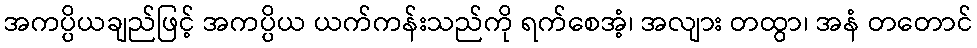
အကပ္ပိယချည်ဖြင့် အကပ္ပိယ ယက်ကန်းသည်ကို ရက်စေအံ့၊ အလျား တထွာ၊ အနံ တတောင်